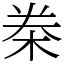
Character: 桊